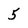
Character: 5